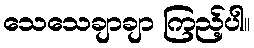
သေသေချာချာ ကြည့်ပါ။